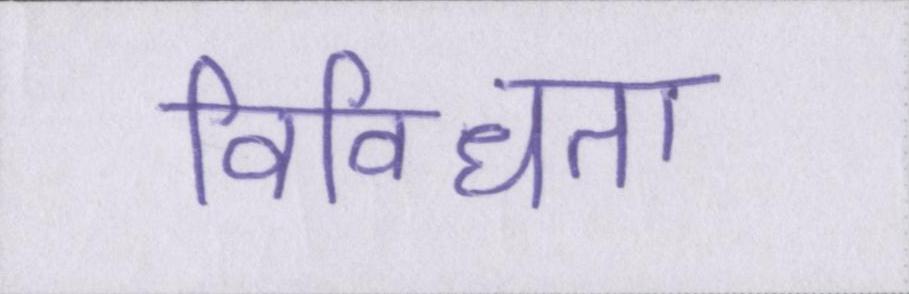
विविधता